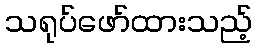
သရုပ်ဖော်ထားသည့်